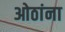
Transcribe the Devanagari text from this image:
ओठांना